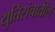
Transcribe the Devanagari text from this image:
युतिसंचातील